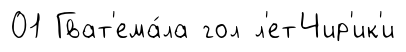
01 Гват'ема́ла гол л'етЧир'ик'и